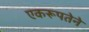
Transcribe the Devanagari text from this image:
एकरूपतेने